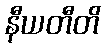
နီယတီတိ